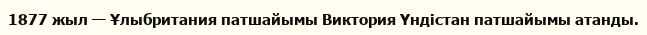
1877 жыл — Ұлыбритания патшайымы Виктория Үндістан патшайымы атанды.